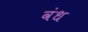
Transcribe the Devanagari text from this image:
वंध